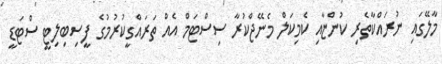
މާލޭގައި ނުރައްކާތެރި ކުންޏާއި ކެމިކަލް މެނޭޖްކުރާ ސިސްޓަމް އެއް ތަރައްގީކުރުމުގެ ފީސިބިލިޓީ ސްޓަޑީ